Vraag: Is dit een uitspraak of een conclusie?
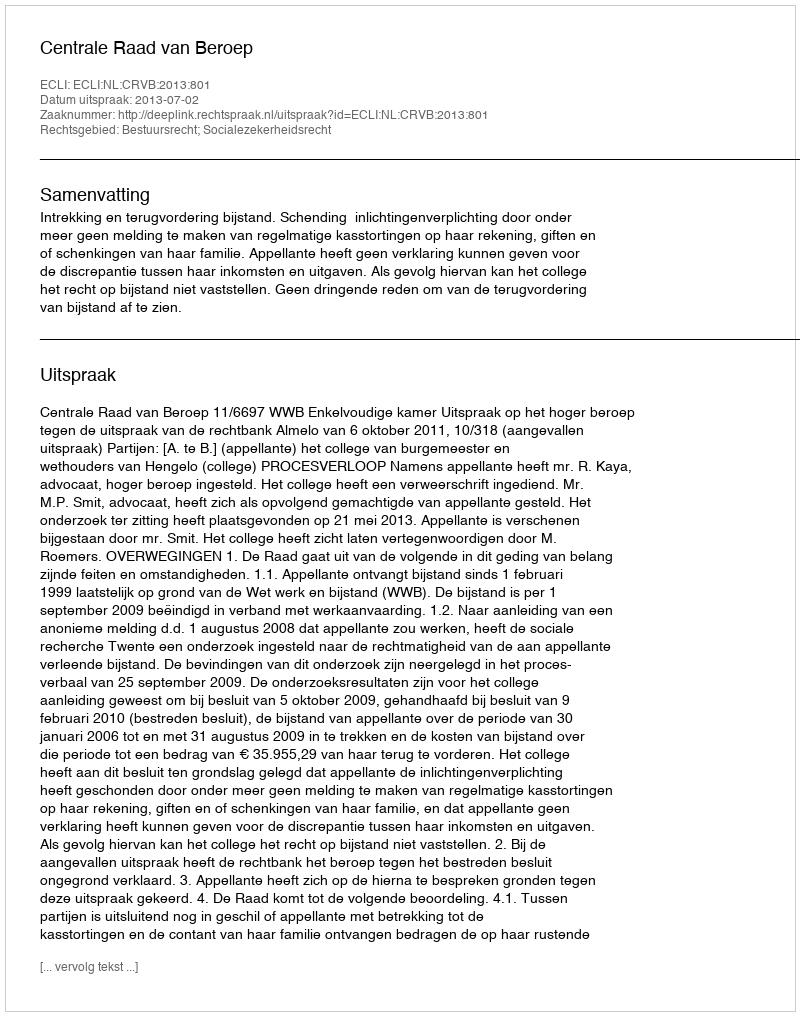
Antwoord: Uitspraak